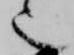
也